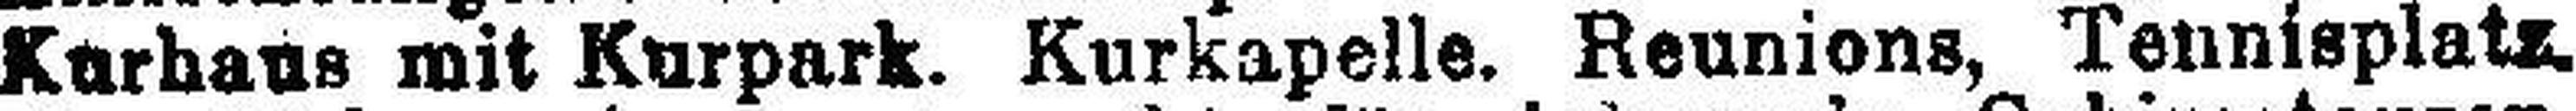
Kurhaus mit Kurpark. Kurkapelle. Reunions, Tennisplatz.